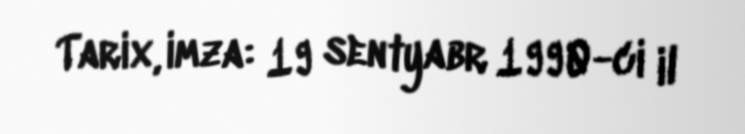
Tarix, imza: 19 sentyabr 1990-ci il